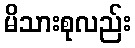
မိသားစုလည်း